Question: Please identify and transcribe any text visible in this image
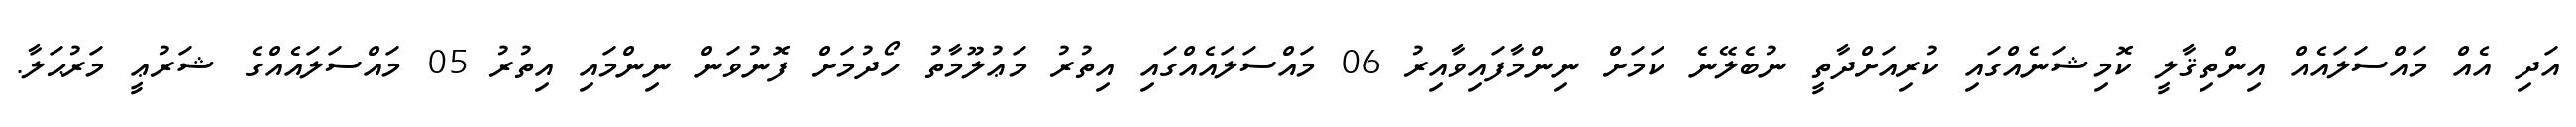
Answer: އަދި އެއް މައްސަލައެއް އިންތިޤާލީ ކޮމިޝަނެއްގައި ކުރިއަށްދާތީ ނުބެލޭނެ ކަމަށް ނިންމާފައިވާއިރު 06 މައްސަލައެއްގައި އިތުރު މަޢުލޫމާތު ހޯދުމަށް ފޮނުވަން ނިންމައި އިތުރު 05 މައްސަލައެއްގެ ޝަރުޢީ މަރުޙަލާ.